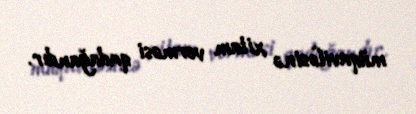
müqaviləsinə xitam verməsi qadağandır.